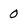
Character: 0